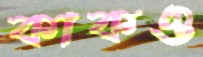
কাকও